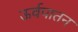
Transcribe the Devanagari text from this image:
ऊर्वपातन